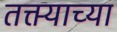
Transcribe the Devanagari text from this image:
तक्त्याच्या